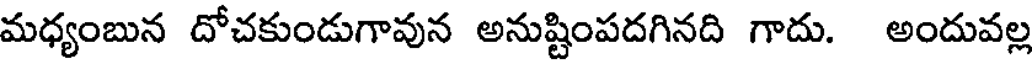
మధ్యంబున దోచకుండుగావున అనుష్టింపదగినది గాదు. అందువల్ల